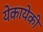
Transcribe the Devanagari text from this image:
येकायेकी